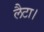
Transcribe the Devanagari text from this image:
लैटा।